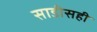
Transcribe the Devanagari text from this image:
साडीसही